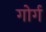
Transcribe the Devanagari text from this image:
गोर्ग